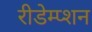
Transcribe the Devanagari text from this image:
रीडेम्प्शन